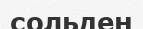
сольден